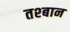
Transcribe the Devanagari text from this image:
तश्बान